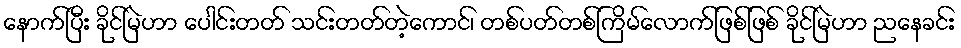
နောက်ပြီး ခိုင်မြဲဟာ ပေါင်းတတ် သင်းတတ်တဲ့ကောင်၊ တစ်ပတ်တစ်ကြိမ်လောက်ဖြစ်ဖြစ် ခိုင်မြဲဟာ ညနေခင်း